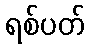
ရစ်ပတ်